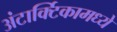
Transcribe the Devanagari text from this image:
अंटार्क्टिकामध्ये